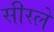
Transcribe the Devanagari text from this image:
सीरले